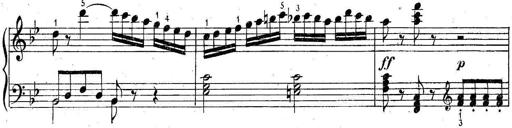
Title: 6 Easy Sonatinas
Composer: Carl Czerny